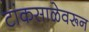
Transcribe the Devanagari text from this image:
टांकसाळेवरून